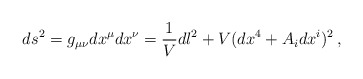
\begin{align*} ds^{2}=g_{\mu\nu}dx^{\mu}dx^{\nu}=\frac{1}{V}dl^{2}+V(dx^{4}+A_{i}dx^{i})^{2}\,,\end{align*}